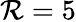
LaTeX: \mathcal{R}=5